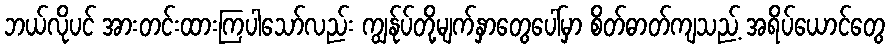
ဘယ်လိုပင် အားတင်းထားကြပါသော်လည်း ကျွန်ုပ်တို့မျက်နှာတွေပေါ်မှာ စိတ်ဓာတ်ကျသည့် အရိပ်ယောင်တွေ